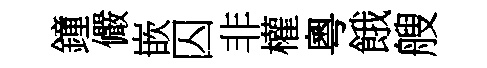
鐘儼嵌囚非權粵餓艘